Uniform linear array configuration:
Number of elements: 24
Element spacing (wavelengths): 1
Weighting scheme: cosine
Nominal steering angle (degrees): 0
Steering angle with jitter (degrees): -0.151
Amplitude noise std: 0.05
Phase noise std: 0.05

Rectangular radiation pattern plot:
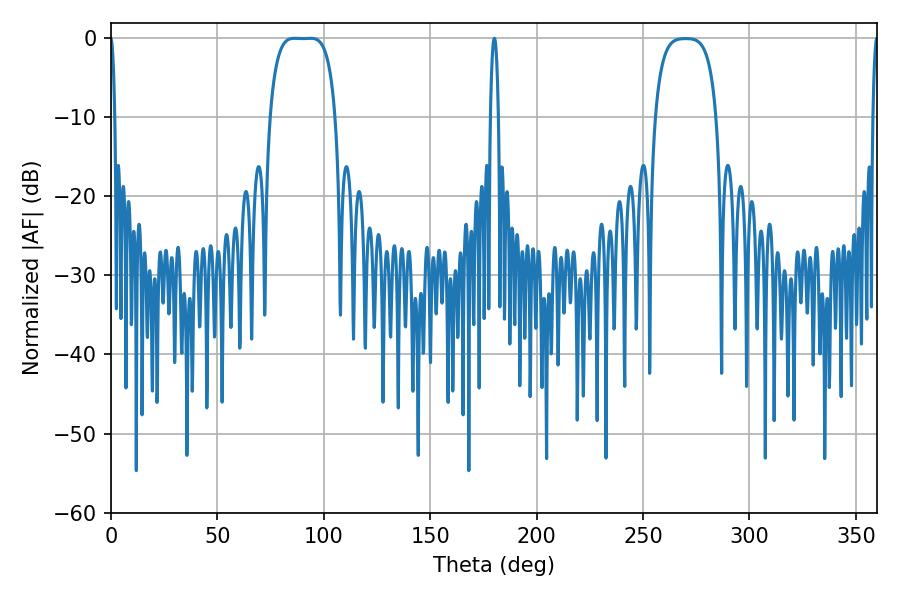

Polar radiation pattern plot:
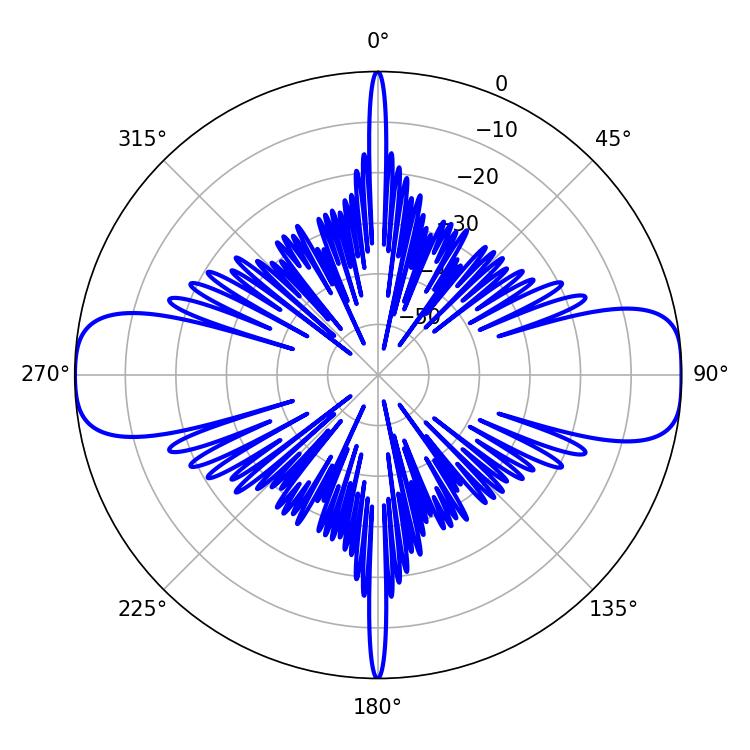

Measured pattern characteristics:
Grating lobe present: TRUE
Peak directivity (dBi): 16.143
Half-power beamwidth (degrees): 23.76
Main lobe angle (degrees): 86.22